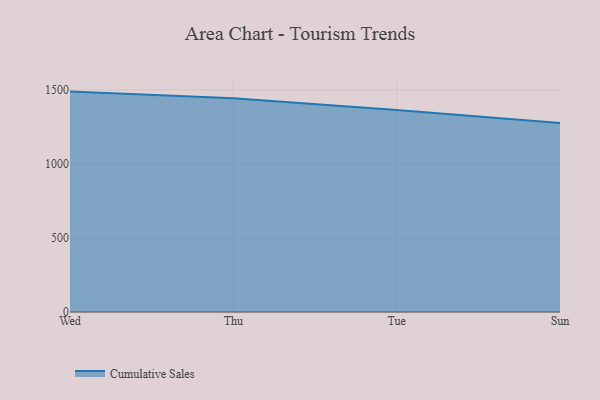
{"axis": {"x": "Day", "y": "Net Income (USD K)"}, "legend": ["Cumulative Sales"], "data": [{"x": "Wed", "y": 1487.7, "type": "Cumulative Sales"}, {"x": "Thu", "y": 1443.5, "type": "Cumulative Sales"}, {"x": "Tue", "y": 1363.6, "type": "Cumulative Sales"}, {"x": "Sun", "y": 1276.1, "type": "Cumulative Sales"}]}